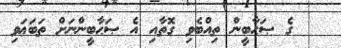
ގެ ޞަޙާބީން ތިއްބެވި ގޮތާއި އެ ޞަޙާބީންނަށް ތަބަޢަވި